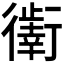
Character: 𰳯